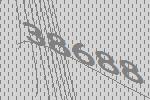
38688